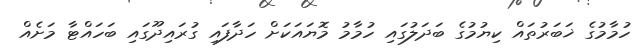
ހުމާމުގެ ޚަބަރުތައް ކިޔުމުގެ ބަދަލުގައި ހުމާމު މޮޔައަކަށް ހަދާފައި ގުރައިދޫގައި ބަހައްޓާ މަށެއް